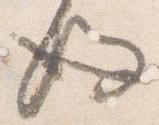
後